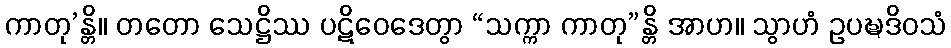
ကာတု’န္တိ။ တတော သေဋ္ဌိဿ ပဋိဝေဒေတွာ “သက္ကာ ကာတု”န္တိ အာဟ။ သွာဟံ ဥပဍ္ဎဒိဝသံ